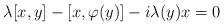
LaTeX: \begin{align*}\lambda [x,y] - [x,\varphi(y)] - i \lambda(y) x = 0\end{align*}